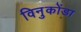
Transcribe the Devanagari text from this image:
विनुकोंडा